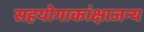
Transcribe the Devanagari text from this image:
सहयोगाकांक्षाजन्य